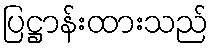
ပြဋ္ဌာန်းထားသည်